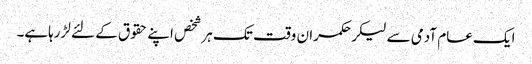
ایک عام آدمی سے لیکرحکمران وقت تک ہرشخص اپنے حقوق کے لئے لڑرہاہے۔